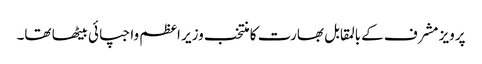
پرویز مشرف کے بالمقابل بھارت کا منتخب وزیر اعظم واجپائی بیٹھا تھا۔